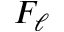
F _ { \ell }